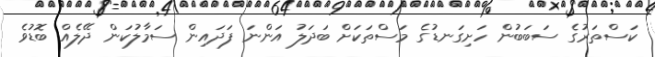
ކަސްތަރުގެ ސަބަބުން ހަށިގަނޑުގެ މަސްތަކަށް ބަދަލު އަންނަ ފަދައިން ސަމާލުކަން ދޭލެއް ބޮޑުވެ